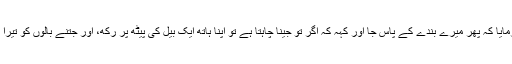
اللہ تعالیٰ نے ان کی آنکھ پھر درست کر دی اور فرمایا کہ پھر میرے بندے کے پاس جا اور کہہ کہ اگر تو جینا چاہتا ہے تو اپنا ہاتھ ایک بیل کی پیٹھ پر رکھ، اور جتنے بالوں کو تیرا ہاتھ ڈھانپ لے گا، اتنے برس تو اور زندہ رہے گا۔